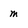
Character: m